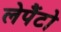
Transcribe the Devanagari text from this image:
लेपैंटो